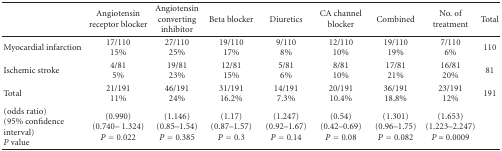
|  | Angiotensin receptor blocker | Angiotensin converting inhibitor | Beta blocker | Diuretics | CA channel blocker | Combined | No. of treatment | Total |
 | --- | --- | --- | --- | --- | --- | --- | --- | --- |
 | Myocardial infarction | 17/110 15% | 27/11025% | 19/11017% | 9/1108% | 12/11010% | 19/11019% | 7/1106% | 110 |
 | Ischemic stroke | 4/81 5% | 19/8123% | 12/8115% | 5/816% | 8/8110% | 17/8121% | 16/8120% | 81 |
 | Total | 21/191 11% | 46/19124% | 31/19116.2% | 14/1917.3% | 20/19110.4% | 36/19118.8% | 23/19112% | 191 |
 | (odds ratio)(95% confidence interval) P value | (0.990) (0.740– 1.324) P = 0.022 | (1.146)(0.85–1.54) P = 0.385 | (1.17)(0.87–1.57) P = 0.3 | (1.247)(0.92–1.67) P = 0.14 | (0.54)(0.42–0.69) P = 0.08 | (1.301)(0.96–1.75) P = 0.082 | (1.653)(1.223–2.247) P = 0.0009 |  |